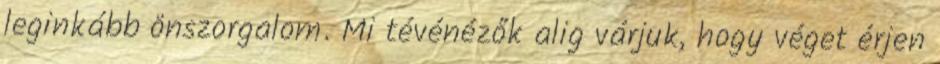
leginkább önszorgalom. Mi tévénézők alig várjuk, hogy véget érjen